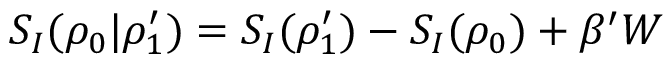
S _ { I } ( \rho _ { 0 } | \rho _ { 1 } ^ { \prime } ) = S _ { I } ( \rho _ { 1 } ^ { \prime } ) - S _ { I } ( \rho _ { 0 } ) + \beta ^ { \prime } W